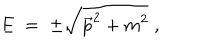
E \; = \; \pm \sqrt { \vec { p } ^ { 2 } + m ^ { 2 } } \; ,